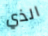
الذي